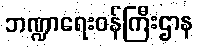
ဘဏ္ဍာရေးဝန်ကြီးဌာန